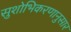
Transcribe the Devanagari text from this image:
सुशोभिकरणानुसार